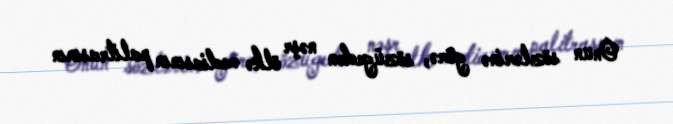
Onun sözlərinə görə, sözügedən nəşr ölkə mediasının palitrasının